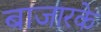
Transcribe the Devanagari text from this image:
बाजारके